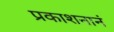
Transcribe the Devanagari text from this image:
प्रकाशनानं